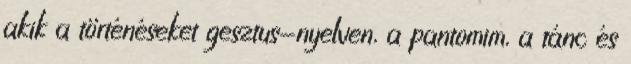
akik a történéseket gesztus-nyelven, a pantomim, a tánc és